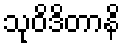
သုဝိဒိတာနိ